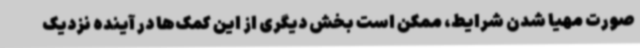
صورت مهیا شدن شرایط، ممکن است بخش دیگری از این کمک‌ها در آینده نزدیک